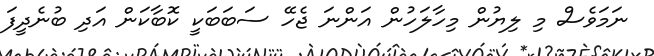
ނަމަވެސް މި ލިޔުން މިހާލަހުން އަންނަ ޖެހޭ ސަބަބަކީ ކޮބާކަން އަދި ބުނެދީފަ